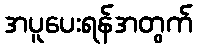
အပူပေးရန်အတွက်